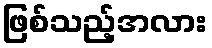
ဖြစ်သည့်အလား